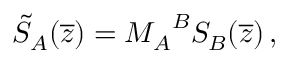
\tilde { S } _ { A } ( \overline { { { z } } } ) = { M _ { A } } ^ { B } S _ { B } ( \overline { { { z } } } ) \, ,